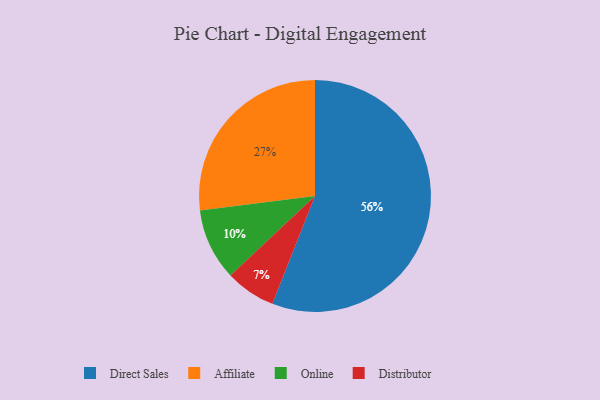
{"axis": {"x": "Category", "y": "Percentage"}, "legend": ["Affiliate", "Direct Sales", "Distributor", "Online"], "data": [{"x": "Affiliate", "y": 27, "type": "Affiliate"}, {"x": "Online", "y": 10, "type": "Online"}, {"x": "Direct Sales", "y": 56, "type": "Direct Sales"}, {"x": "Distributor", "y": 7, "type": "Distributor"}]}